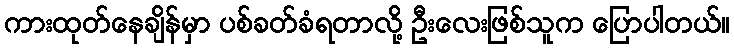
ကားထုတ်နေချိန်မှာ ပစ်ခတ်ခံရတာလို့ ဦးလေးဖြစ်သူက ပြောပါတယ်။